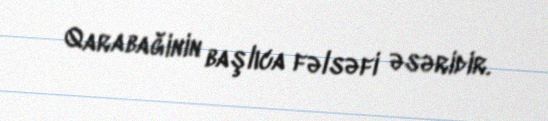
Qarabağinin başlıca fəlsəfi əsəridir.